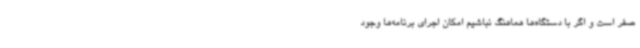
صفر است و اگر با دستگاه‌ها هماهنگ نباشیم امکان اجرای برنامه‌ها وجود